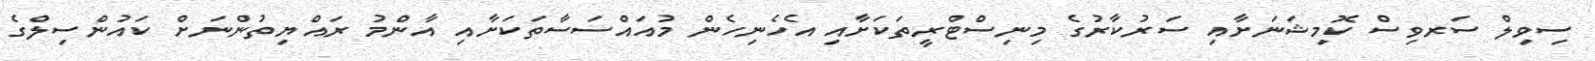
ސިވިލް ސަރވިސް ކޮމިޝަނަށާއި ސަރުކާރުގެ މިނިސްޓްރީތަކަށާއި އެހެނިހެން މުއައްސަސާތަކަށާއި އާންމު ރައްޔިތުންނަށް ކައުންސިލްގެ